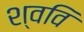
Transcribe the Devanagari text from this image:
श्ववि